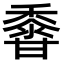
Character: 𪏽